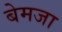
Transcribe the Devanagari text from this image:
बेमजा